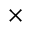
\times